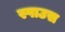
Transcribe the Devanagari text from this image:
स्पाउस